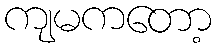
ကျမကတော့